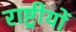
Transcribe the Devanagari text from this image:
राष्ट्रीयों